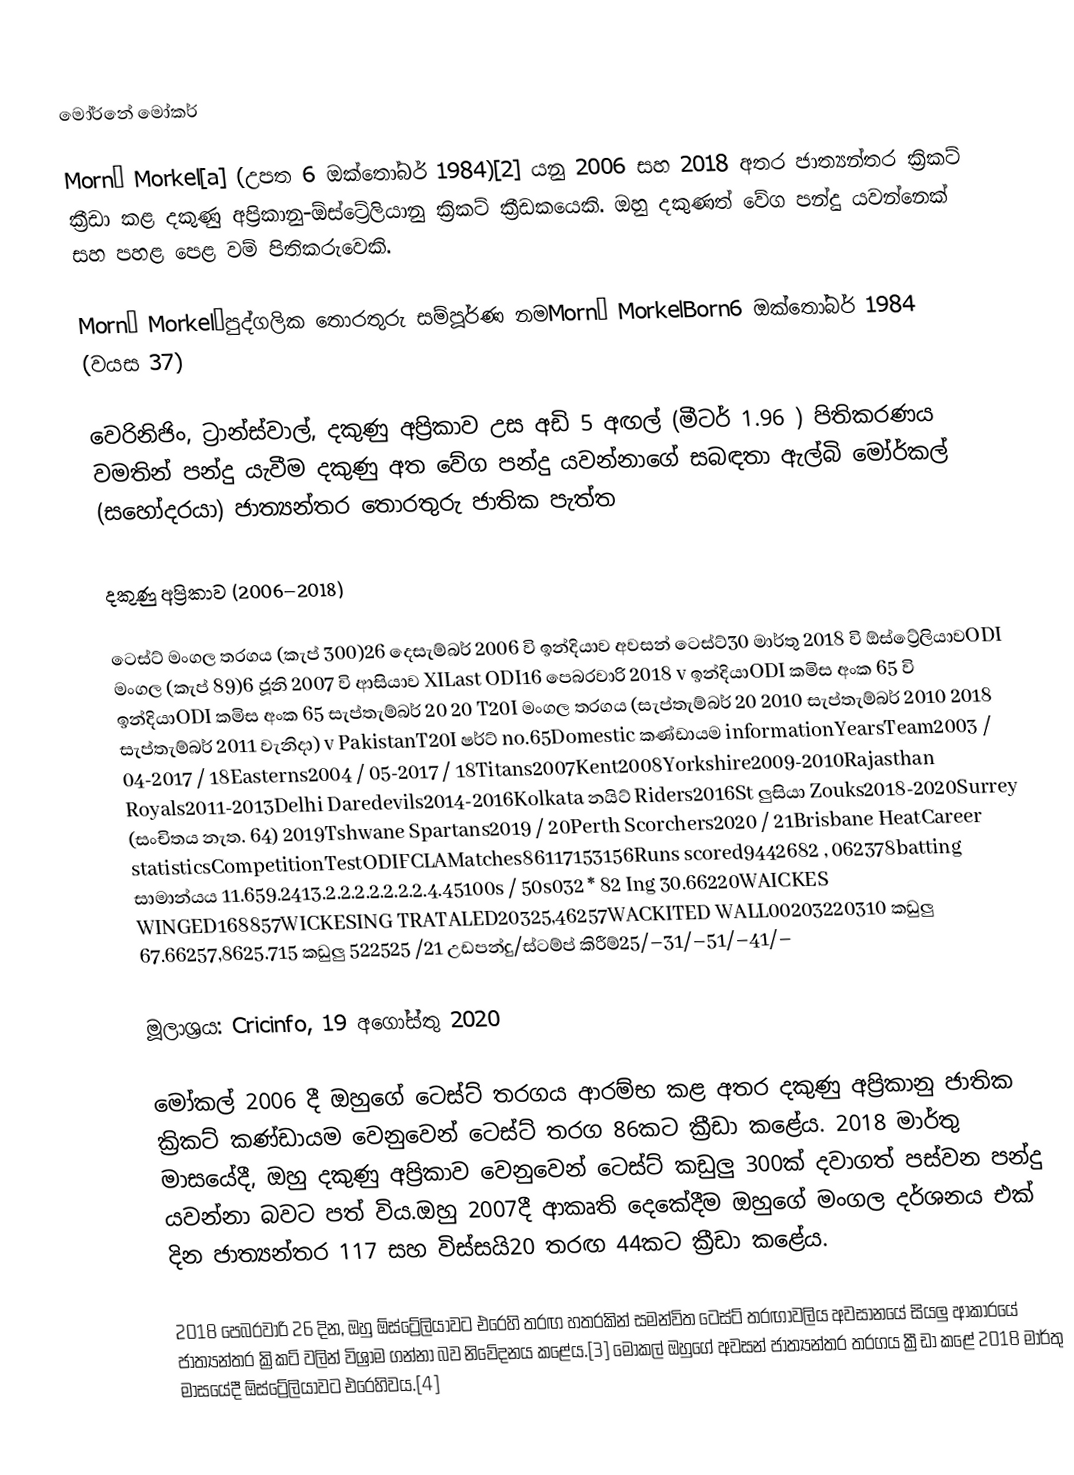
මෝර්නේ මෝකර්

Morné Morkel[a] (උපත 6 ඔක්තෝබර් 1984)[2]  යනු 2006 සහ 2018 අතර ජාත්‍යන්තර ක්‍රිකට් ක්‍රීඩා කළ දකුණු අප්‍රිකානු-ඕස්ට්‍රේලියානු ක්‍රිකට් ක්‍රීඩකයෙකි. ඔහු දකුණත් වේග පන්දු යවන්නෙක් සහ පහළ පෙළ වම් පිතිකරුවෙකි.

Morné Morkel￼පුද්ගලික තොරතුරු සම්පූර්ණ නමMorné MorkelBorn6 ඔක්තෝබර් 1984 (වයස 37)

වෙරිනිජිං, ට්‍රාන්ස්වාල්, දකුණු අප්‍රිකාව උස අඩි 5 අඟල් (මීටර් 1.96 ) පිතිකරණය වමතින් පන්දු යැවීම දකුණු අත වේග පන්දු යවන්නාගේ සබඳතා ඇල්බි මෝර්කල් (සහෝදරයා) ජාත්‍යන්තර තොරතුරු ජාතික පැත්ත

දකුණු අප්‍රිකාව (2006–2018)

ටෙස්ට් මංගල තරගය (කැප් 300)26 දෙසැම්බර් 2006 වි ඉන්දියාව අවසන් ටෙස්ට්30 මාර්තු 2018 වි ඕස්ට්‍රේලියාවODI මංගල (කැප් 89)6 ජූනි 2007 වි ආසියාව XILast ODI16 පෙබරවාරි 2018 v ඉන්දියාODI කමිස අංක 65 වි ඉන්දියාODI කමිස අංක 65 සැප්තැම්බර් 20 20 T20I මංගල තරගය (සැප්තැම්බර් 20 2010 සැප්තැම්බර් 2010 2018 සැප්තැම්බර් 2011 වැනිදා)  v PakistanT20I ෂර්ට් no.65Domestic කණ්ඩායම informationYearsTeam2003 / 04-2017 / 18Easterns2004 / 05-2017 / 18Titans2007Kent2008Yorkshire2009-2010Rajasthan Royals2011-2013Delhi Daredevils2014-2016Kolkata නයිට් Riders2016St ලුසියා Zouks2018-2020Surrey (සංචිතය නැත. 64) 2019Tshwane Spartans2019 / 20Perth Scorchers2020 / 21Brisbane HeatCareer statisticsCompetitionTestODIFCLAMatches86117153156Runs scored9442682  , 062378batting සාමාන්යය 11.659.2413.2.2.2.2.2.2.2.4.45100s / 50s032 * 82 Ing 30.66220WAICKES WINGED168857WICKESING TRATALED20325,46257WACKITED WALL00203220310 කඩුලු 67.66257,8625.715 කඩුලු 522525  /21 උඩපන්දු/ස්ටම්ප් කිරීම්25/–31/–51/–41/–

මූලාශ්‍රය: Cricinfo, 19 අගෝස්තු 2020

මෝකල් 2006 දී ඔහුගේ ටෙස්ට් තරගය ආරම්භ කළ අතර දකුණු අප්‍රිකානු ජාතික ක්‍රිකට් කණ්ඩායම වෙනුවෙන් ටෙස්ට් තරග 86කට ක්‍රීඩා කළේය.  2018 මාර්තු මාසයේදී, ඔහු දකුණු අප්‍රිකාව වෙනුවෙන් ටෙස්ට් කඩුලු 300ක් දවාගත් පස්වන පන්දු යවන්නා බවට පත් විය.ඔහු 2007දී ආකෘති දෙකේදීම ඔහුගේ මංගල දර්ශනය එක් දින ජාත්‍යන්තර 117 සහ විස්සයි20 තරඟ 44කට ක්‍රීඩා කළේය.

2018 පෙබරවාරි 26 දින, ඔහු ඕස්ට්‍රේලියාවට එරෙහි තරඟ හතරකින් සමන්විත ටෙස්ට් තරඟාවලිය අවසානයේ සියලු ආකාරයේ ජාත්‍යන්තර ක්‍රිකට් වලින් විශ්‍රාම ගන්නා බව නිවේදනය කළේය.[3]  මෝකල් ඔහුගේ අවසන් ජාත්‍යන්තර තරගය ක්‍රීඩා කළේ 2018 මාර්තු මාසයේදී ඕස්ට්‍රේලියාවට එරෙහිවය.[4]